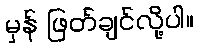
မှန် ဖြတ်ချင်လို့ပါ။